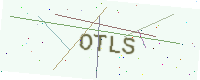
Text: OTLS